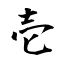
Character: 壱